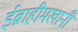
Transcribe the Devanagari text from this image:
ईब्राहीमखानी